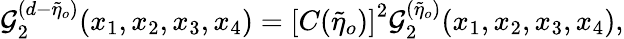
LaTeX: {\cal{G}}_{2}^{(d-\tilde{\eta}_{o})}(x_{1},x_{2},x_{3},x_{4})=\left[C(\tilde{\eta}_{o})\right]^{2}{\cal{G}}_{2}^{(\tilde{\eta}_{o})}(x_{1},x_{2},x_{3},x_{4}),